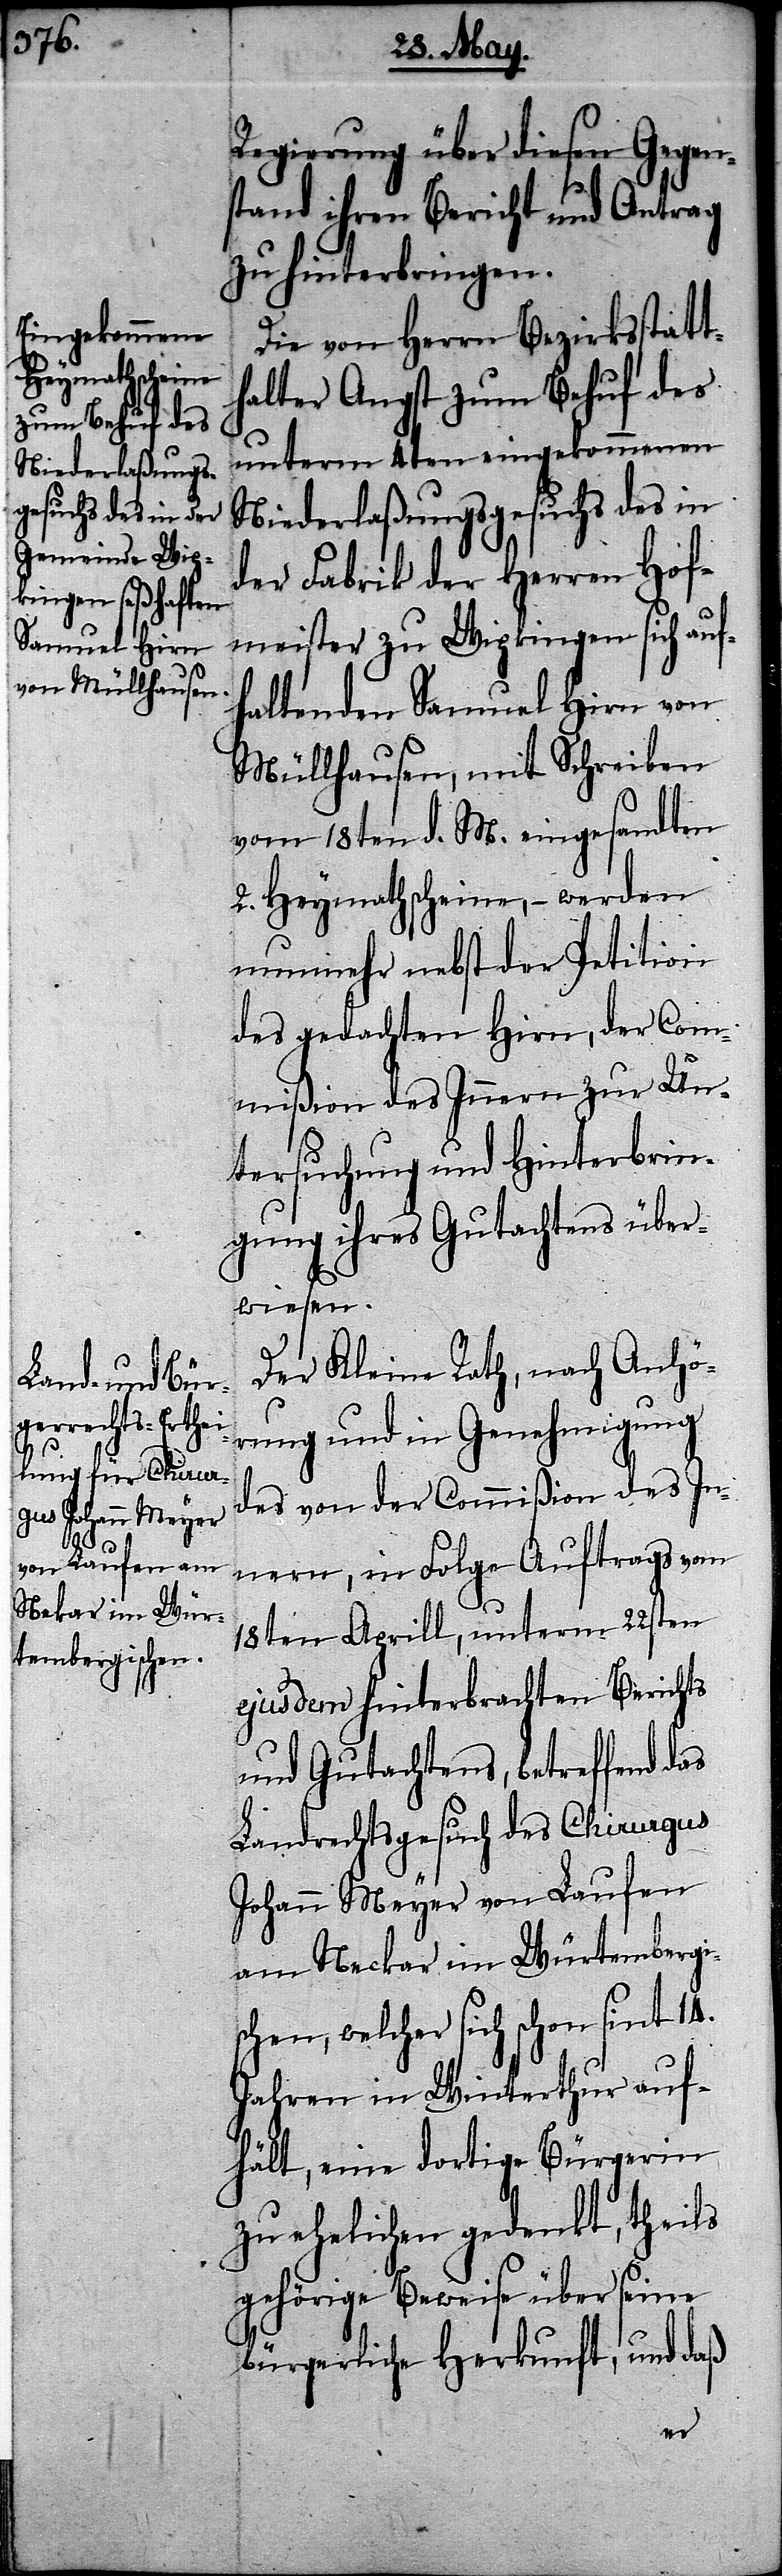
14.

Regierung über diesen Gegen¬
stand Bericht und Antrag
zu hinterbringen.
Die von Herrn Bezirksstatt¬
halter Angst zum Behuf des
unterm 4ten eingekommenen
Niederlaßungsgesuch des in
der Fabrik der Herren Hof¬
meister zu Wipkingen sich auf¬
haltenden Samuel Hirn von
Müllhausen, mit Schreiben
vom 18ten d. M. eingesandten
2. Heymathscheine, – werden
nunmehr nebst der Petition
des gedachten Hirn, der Com¬
mißion des Innern zur Un¬
tersuchung und Hinterbrin¬
gung ihres Gutachtens über¬
wiesen.
Der Kleine Rath, nach Anhö¬
rung und in Genehmigung
des von der Commißion des In¬
nern, in Folge Auftrags vom
18ten Aprill, unterm 22sten
ejusdem hinterbrachten Berichts
und Gutachtens, betreffend das
Landrechtsgesuch des Chirurgus
Johann Meyer von Laufen
am Neckar im Würtembergi¬
schen, welcher sich schon sint
Jahren in Winterthur auf¬
hält, eine dortige Bürgerin
zu ehelichen gedenkt, theils
gehörige Beweise über seine
bürgerliche Herkunft, und daß